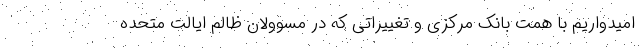
امیدواریم با همت بانک مرکزی و تغییراتی که در مسوولان ظالم ایالت متحده